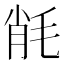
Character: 㲖